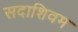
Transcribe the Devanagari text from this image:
सदाशिवम